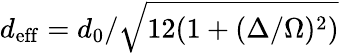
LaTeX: d_{\mathrm{eff}}=d_{0}/\sqrt{12(1+(\Delta/\Omega)^{2})}